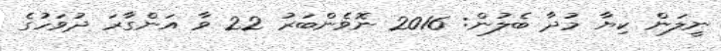
ނީލަން ކިޔާ މުދާ ބެލުން: 2016 ނޮވެންބަރު 22 ވާާ އަންގާރަ ދުވަހުގެ